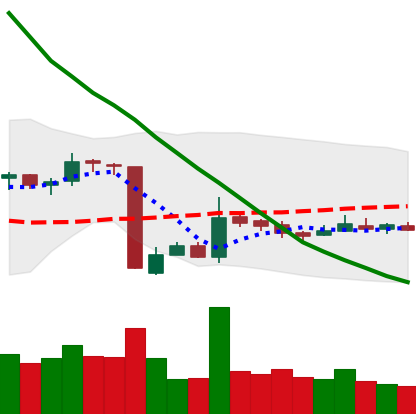
Ticker: EOS-USD
Chart end date: 2018-10-24
Forward return: -4.343%
Label: down_3_5